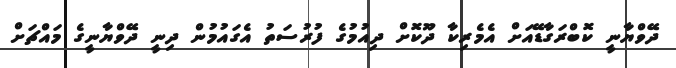
ދޭވްޔާނީ ކޮބްރަގާޑޭއަށް އެމެރިކާ ދޫކޮށް ދިއުމުގެ ފުރުސަތު އެގައުމުން ދިނީ ދޭވްޔާނީގެ މައްޗަށް